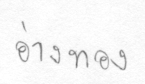
อ่างทอง